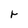
Character: r